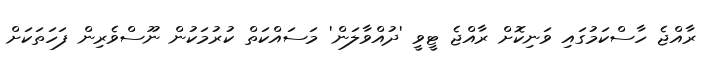
ރާއްޖެ ހާސްކަމުގައި ވަނިކޮށް ރާއްޖެ ޓީވީ 'ދުއްވާލަން' މަސައްކަތް ކުރުމަކުން ނޫސްވެރިން ފަހަތަކަށް